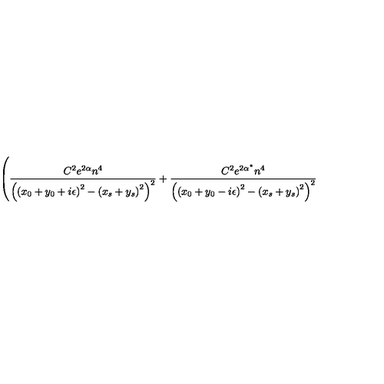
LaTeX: \left( \frac { C ^ { 2 } e ^ { 2 \alpha } n ^ { 4 } } { \left( \left( x _ { 0 } + y _ { 0 } + i \epsilon \right) ^ { 2 } - \left( x _ { s } + y _ { s } \right) ^ { 2 } \right) ^ { 2 } } + \frac { C ^ { 2 } e ^ { 2 \alpha ^ { * } } n ^ { 4 } } { \left( \left( x _ { 0 } + y _ { 0 } - i \epsilon \right) ^ { 2 } - \left( x _ { s } + y _ { s } \right) ^ { 2 } \right) ^ { 2 } } \right.